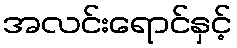
အလင်းရောင်နှင့်